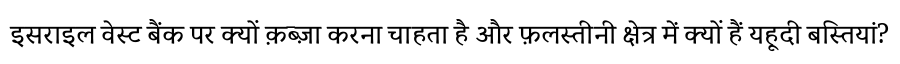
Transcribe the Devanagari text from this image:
इसराइल वेस्ट बैंक पर क्यों क़ब्ज़ा करना चाहता है और फ़लस्तीनी क्षेत्र में क्यों हैं यहूदी बस्तियां?